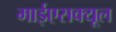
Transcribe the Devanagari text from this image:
माईएसक्यूल